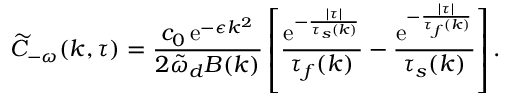
\widetilde { C } _ { - \omega } ( k , \tau ) = \frac { c _ { 0 } \, \mathrm { e } ^ { - \epsilon k ^ { 2 } } } { 2 \tilde { \omega } _ { d } B ( k ) } \left[ \frac { \mathrm { e } ^ { - \frac { \lvert \tau \rvert } { \tau _ { s } ( k ) } } } { \tau _ { f } ( k ) } - \frac { \mathrm { e } ^ { - \frac { \lvert \tau \rvert } { \tau _ { f } ( k ) } } } { \tau _ { s } ( k ) } \right] .